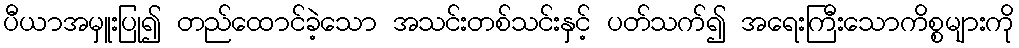
ပီယာအမှူးပြု၍ တည်ထောင်ခဲ့သော အသင်းတစ်သင်းနှင့် ပတ်သက်၍ အရေးကြီးသောကိစ္စများကို